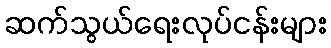
ဆက်သွယ်ရေးလုပ်ငန်းများ